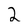
Character: 2